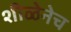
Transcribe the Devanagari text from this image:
शीळेनेच